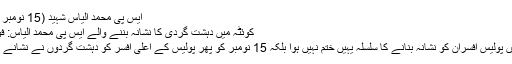
ایس پی محمد الیاس شہید (15 نومبر 2017)
کوئٹہ میں دہشت گردی کا نشانہ بننے والے ایس پی محمد الیاس: فوٹو/ فائل
کوئٹہ میں پولیس افسران کو نشانہ بنانے کا سلسلہ یہیں ختم نہیں ہوا بلکہ 15 نومبر کو پھر پولیس کے اعلیٰ افسر کو دہشت گردوں نے نشانے پر رکھا۔